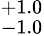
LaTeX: ^{+1.0}_{-1.0}